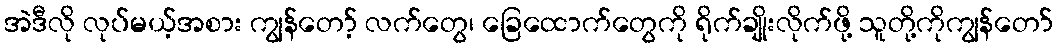
အဲဒီလို လုပ်မယ့်အစား ကျွန်တော့် လက်တွေ၊ ခြေထောက်တွေကို ရိုက်ချိုးလိုက်ဖို့ သူတို့ကိုကျွန်တော်